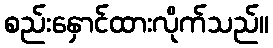
စည်းနှောင်ထားလိုက်သည်။